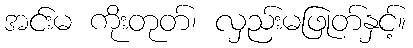
အင်းမ ကိုးတုတ်၊ လှည်းမဖြုတ်နှင့်။